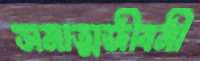
সমাত্মজীবনী